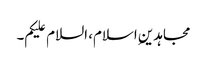
مجاہدین ِاسلام، السلام علیکم۔